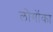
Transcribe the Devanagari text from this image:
लोगोंका